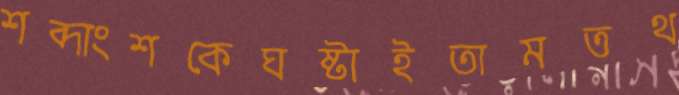
শব্দাংশকেঘষ্‌টাইতামতথ